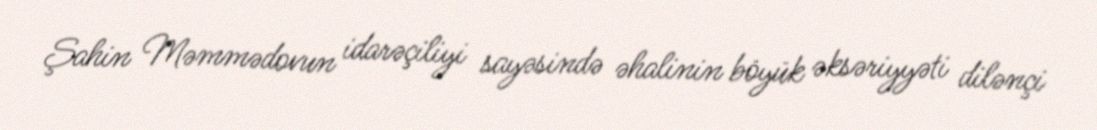
Şahin Məmmədovun idarəçiliyi sayəsində əhalinin böyük əksəriyyəti dilənçi